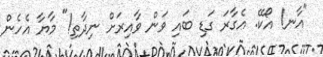
"އާނ! އޯކޭ. އެގާރަ ގަޑި ބައި ވަން ވާއިރަށް ނިދާތި!" މާޔާ އެހެން